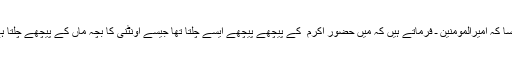
جیسا کہ امیرالمومنین ـ فرماتے ہیں کہ میں حضور اکرم ۖ کے پیچھے پیچھے ایسے چلتا تھا جیسے اونٹنی کا بچہ ماں کے پیچھے چلتا ہے۔